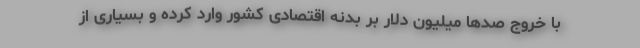
با خروج صدها میلیون دلار بر بدنه اقتصادی کشور وارد کرده و بسیاری از